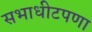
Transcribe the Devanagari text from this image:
सभाधीटपणा